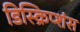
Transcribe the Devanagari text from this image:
डिस्क्रिप्शंस